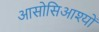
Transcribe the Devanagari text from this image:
आसोसिआश्यों